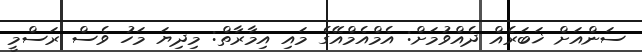
ސަންއަށް ޚަބަރެއް ދެއްވުމަށް: އެމްއެމްއޭގެ މައި އިމާރާތް: މިދިޔަ މަހު ވެސް ރަސްމީ